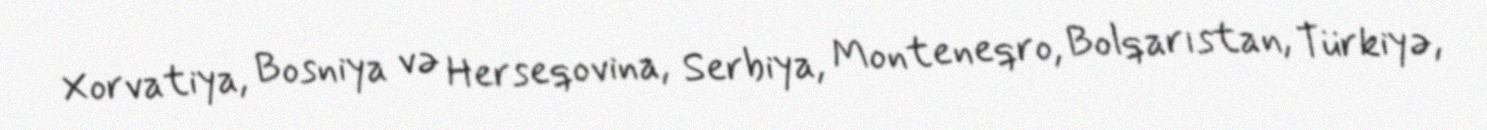
Xorvatiya, Bosniya və Herseqovina, Serbiya, Monteneqro, Bolqarıstan, Türkiyə,